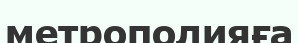
метрополияға